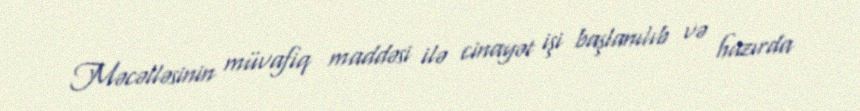
Məcəlləsinin müvafiq maddəsi ilə cinayət işi başlanılıb və hazırda